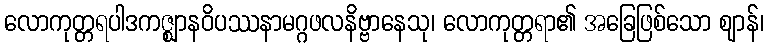
လောကုတ္တရပါဒကဇ္ဈာနဝိပဿနာမဂ္ဂဖလနိဗ္ဗာနေသု၊ လောကုတ္တရာ၏ အခြေဖြစ်သော ဈာန်၊